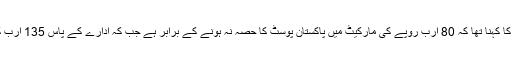
وفاقی وزیر مملکت مراد سعید کا کہنا تھا کہ 80 ارب روپے کی مارکیٹ میں پاکستان پوسٹ کا حصہ نہ ہونے کے برابر ہے جب کہ ادارے کے پاس 135 ارب کی کمرشل اراضی موجود ہے۔